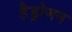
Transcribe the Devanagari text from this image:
हैड्रोजन